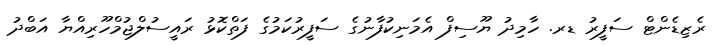
ރެޒިޑެންޓް ސަފީރު ޑރ. ހާމިދު ޔޫސިފް އެމަނިކުފާނުގެ ސަފީރުކަމުގެ ފަތްކޮޅު ރައީސުލްޖުމްހޫރިއްޔާ އަބްދު